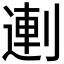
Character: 𰄻